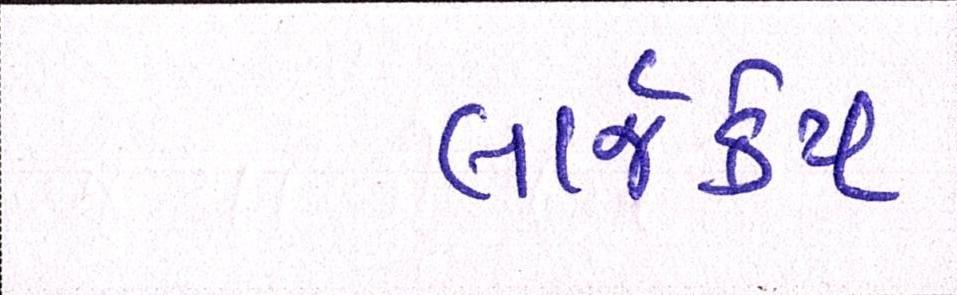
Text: લાર્જકેપ